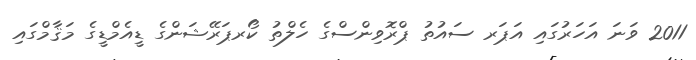
2011 ވަނަ އަހަރުގައި އަޕަރ ސައުތު ޕްރޮވިންސްގެ ހެލްތު ކޯރޕަރޭޝަންގެ ޑީއެމްޑީގެ މަޤާމްގައި